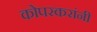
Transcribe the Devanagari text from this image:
कोपरकरांनी